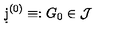
\d j ^ { ( 0 ) } \equiv : G _ { 0 } \in \mathcal { J }